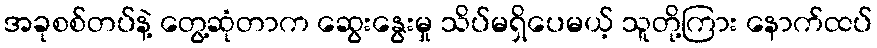
အခုစစ်တပ်နဲ့ တွေ့ဆုံတာက ဆွေးနွေးမှု သိပ်မရှိပေမယ့် သူတို့ကြား နောက်ထပ်